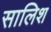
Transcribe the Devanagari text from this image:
सालिश